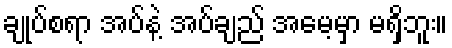
ချုပ်စရာ အပ်နဲ့ အပ်ချည် အမေ့မှာ မရှိဘူး။